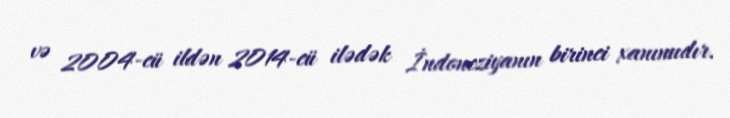
və 2004-cü ildən 2014-cü ilədək İndoneziyanın birinci xanımıdır.